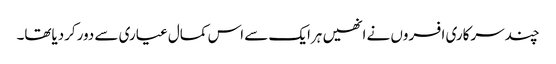
چندسرکاری افسروں نے انھیں ہرایک سے اس کمال عیاری سے دورکردیاتھا۔